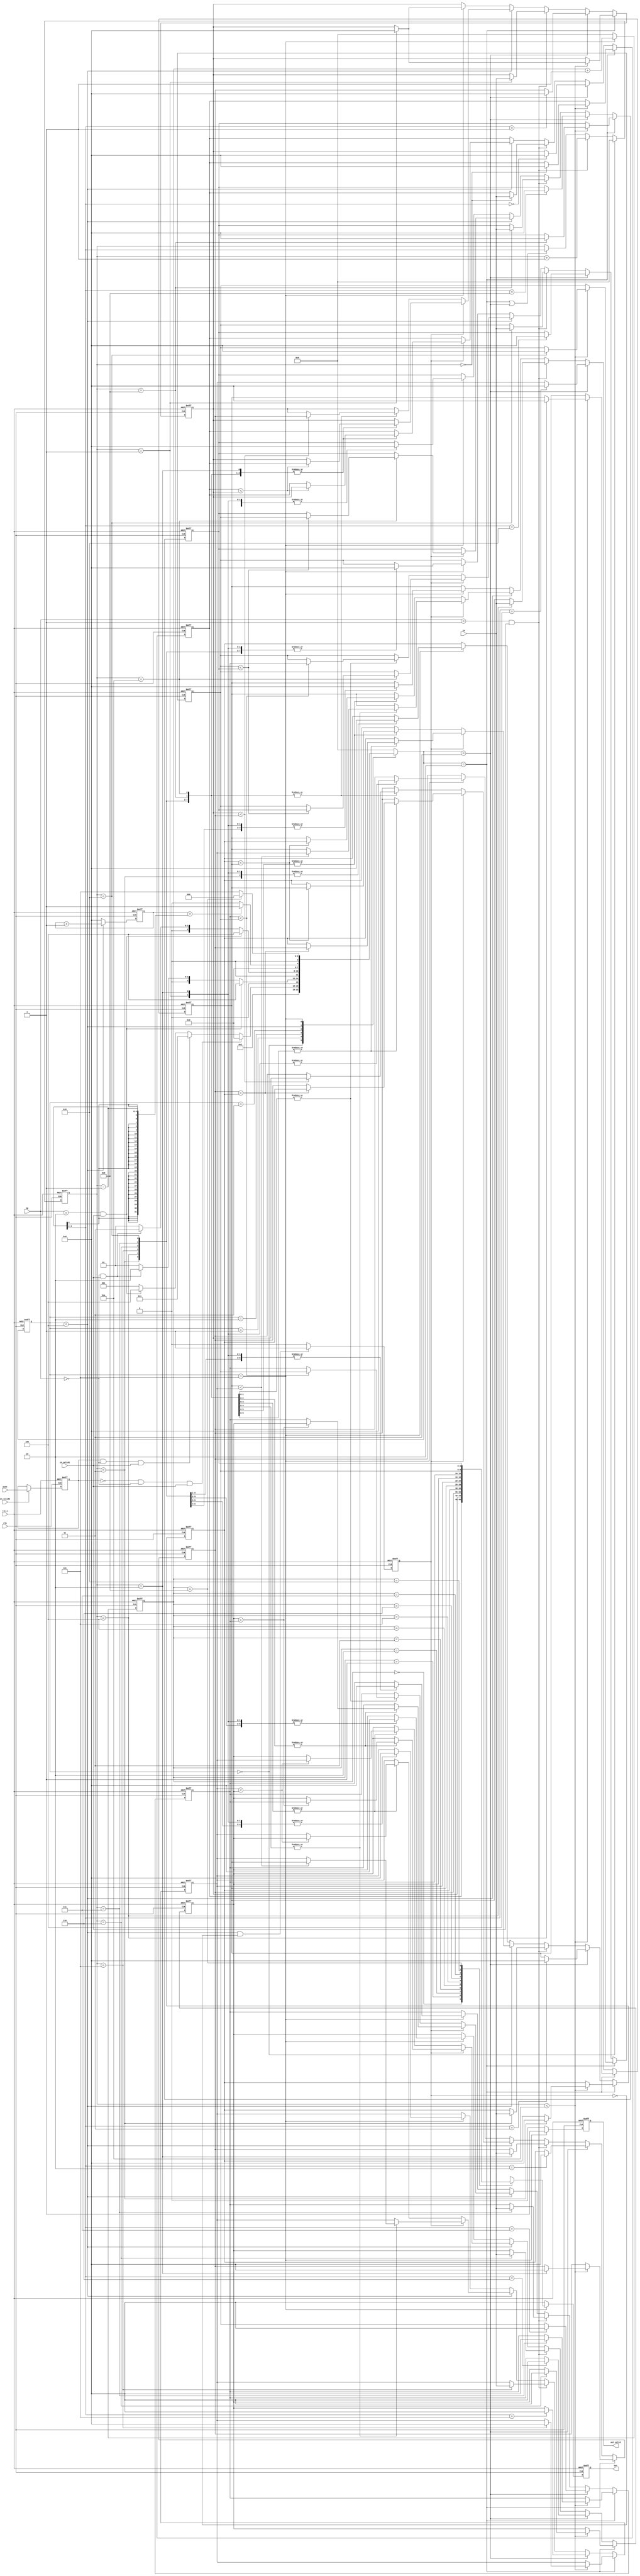
module SORT(
  // Input signals
  clk,
  rst_n,
  in_valid1,
  in_valid2,
  in,
  mode,
  op,
  // Output signals
  out_valid,
  out
);
//---------------------------------------------------------------------
//   INPUT AND OUTPUT DECLARATION                         
//---------------------------------------------------------------------
input clk;
input rst_n;
input in_valid1;
input in_valid2;
input mode;
input [1:0]op;
input [4:0]in;
output reg out_valid;
output reg [4:0]out;
//---------------------------------------------------------------------
// PARAMETER DECLARATION
//---------------------------------------------------------------------
parameter IDLE=0;
parameter GET=1;
parameter DO_STACK=2;
parameter DO_QUEUE=3;
parameter SORT=4;
parameter OUTPUT=5;	
//---------------------------------------------------------------------
//   WIRE AND REG DECLARATION                             
//---------------------------------------------------------------------
reg [3:0]current_state,next_state;
reg getmode;
reg [3:0]count,count2;
reg [4:0]ans[0:9];
reg check;
reg [4:0]check3;
reg [3:0] a,b;
reg [4:0]a1,a2,a3,a4,a5,a6,a7,a8,a9,a10;
//---------------------------------------------------------------------
//   Finite-State Mechine                                          
//---------------------------------------------------------------------
always@(posedge clk or negedge rst_n) begin
	if(!rst_n)
		current_state<=IDLE;
	else
		current_state<=next_state;
end
always@(*) begin
	case(current_state)
		IDLE:
			next_state<=GET;
		GET:begin
			if(getmode==0&&op==0&&in_valid1)
				next_state<=DO_STACK;
			else if(getmode==1&&op==0&&in_valid1)
				next_state<=DO_QUEUE;
			else if(op==2&&in_valid1)
				next_state<=SORT;
			else
				next_state<=GET;	
		end
		DO_STACK:begin
			if(op==2&&in_valid1)
				next_state<=SORT;
			else if(op==0&&in_valid1)
				next_state<=DO_STACK;
			else
				next_state<=GET;
		end
		DO_QUEUE:begin
			if(op==2&&in_valid1)
				next_state<=SORT;
			else if(op==0&&in_valid1)
				next_state<=DO_QUEUE;
			else
				next_state<=GET;
		end
		SORT:begin
			if(check3==count-1)
				next_state<=OUTPUT;
			else
				next_state<=SORT;
		end
		OUTPUT:begin
			if(count2==9)
				next_state<=IDLE;
			else
				next_state<=OUTPUT;	
		end
		default:next_state<=IDLE;
	endcase
end	
//---------------------------------------------------------------------
//   Design Description                                          
//---------------------------------------------------------------------
/*always@(*) begin
	if(!rst_n) begin
		a1=0;	a2=0;	a3=0;
		a4=0;	a5=0;	a6=0;
		a7=0;	a8=0;	a9=0;
		a10=0;
	end
	else begin
		a1=ans[0];
		a2=ans[1];
		a3=ans[2];
		a4=ans[3];
		a5=ans[4];
		a6=ans[5];
		a7=ans[6];
		a8=ans[7];
		a9=ans[8];
		a10=ans[9];
	end
end*/

always@(posedge clk or negedge rst_n) begin
	if(!rst_n)
		getmode<=0;
	else if(in_valid2)
		getmode<=mode;
	else
		getmode<=getmode;
end
always@(posedge clk or negedge rst_n) begin
	if(!rst_n)
		check3<=0;
	else if(current_state==SORT)
		check3<=check3+1;
	else
		check3<=0;
end	
always@(posedge clk or negedge rst_n) begin
	if(!rst_n)
		count<=0;
	else if(current_state==IDLE)
		count<=0;
	else if(op==1&&in_valid1)
		count<=count+1;
	else if(next_state==DO_STACK||next_state==DO_QUEUE)
		count<=count-1;
	/*else if(next_state==DO_QUEUE)
		count<=count-1;*/
	else
		count<=count;
end
always@(posedge clk or negedge rst_n) begin
	if(!rst_n)
		count2<=0;
	/*else begin
		case(current_state)
			IDLE:
				count2<=0;
			OUTPUT:
				count2<=count2+1;
			default:count2<=count2;
		endcase
	end*/
	/*else if(current_state==IDLE)
		count2<=0;*/
	else if(current_state==OUTPUT)
		count2<=count2+1;
	else
		count2<=0;
end
always@(posedge clk or negedge rst_n) begin
	if(!rst_n)
		check<=0;
	else if(current_state==SORT&&check==0)
		check<=1;
	else
		check<=0;
end
always@(posedge clk or negedge rst_n) begin
	if(!rst_n)begin
		//check<=0;
		for(a=0;a<10;a=a+1)
			ans[a]<=0;
	end
	else if(next_state==DO_STACK) begin
		if(count<10)
			ans[count]<=0;
		else
			ans[0]<=ans[0];
	end
	else if(next_state==DO_QUEUE) begin
		for(a=0;a<9;a=a+1) begin
				ans[a]<=ans[a+1];
		end
		ans[count-1]<=0;
	end
	else if(op==1&&in_valid1)begin
                ans[count]<=in;
	end
	else if(current_state==SORT) begin
	//else if(next_state==SORT) begin
		/*case(count)
			2:begin
				for(b=0;b<2;b=b+1)begin
					for(a=0;a<1;a=a+2)begin
						if(ans[a]<ans[a+1])begin
							ans[a]<=ans[a+1];
							ans[a+1]<=ans[a];
						end
					end
				end
			end
			3:begin
				for(b=0;b<3;b=b+1)begin
                                        for(a=0;a<2;a=a+2)begin
                                                if(ans[a]<ans[a+1])begin
                                                        ans[a]<=ans[a+1];
                                                        ans[a+1]<=ans[a];
                                                end
                                        end
					for(a=1;a<2;a=a+2)begin
						if(ans[a]<ans[a+1])begin
                                                        ans[a]<=ans[a+1];
                                                        ans[a+1]<=ans[a];
                                                end
					end
                                end
                        end

			4:begin
				 for(b=0;b<4;b=b+1)begin
                                        for(a=0;a<3;a=a+2)begin
                                                if(ans[a]<ans[a+1])begin
                                                        ans[a]<=ans[a+1];
                                                        ans[a+1]<=ans[a];
                                                end
                                        end
                                        for(a=1;a<3;a=a+2)begin
                                                if(ans[a]<ans[a+1])begin
                                                        ans[a]<=ans[a+1];
                                                        ans[a+1]<=ans[a];
                                                end
                                        end
                                end

                        end

			5:begin
				 for(b=0;b<5;b=b+1)begin
                                        for(a=0;a<4;a=a+2)begin
                                                if(ans[a]<ans[a+1])begin
                                                        ans[a]<=ans[a+1];
                                                        ans[a+1]<=ans[a];
                                                end
                                        end
                                        for(a=1;a<4;a=a+2)begin
                                                if(ans[a]<ans[a+1])begin
                                                        ans[a]<=ans[a+1];
                                                        ans[a+1]<=ans[a];
                                                end
                                        end
                                end
                        end

			6:begin
				 for(b=0;b<6;b=b+1)begin
                                        for(a=0;a<5;a=a+2)begin
                                                if(ans[a]<ans[a+1])begin
                                                        ans[a]<=ans[a+1];
                                                        ans[a+1]<=ans[a];
                                                end
                                        end
                                        for(a=1;a<5;a=a+2)begin
                                                if(ans[a]<ans[a+1])begin
                                                        ans[a]<=ans[a+1];
                                                        ans[a+1]<=ans[a];
                                                end
                                        end
                                end

                        end
			7:begin
				 for(b=0;b<7;b=b+1)begin
                                        for(a=0;a<6;a=a+2)begin
                                                if(ans[a]<ans[a+1])begin
                                                        ans[a]<=ans[a+1];
                                                        ans[a+1]<=ans[a];
                                                end
                                        end
                                        for(a=1;a<6;a=a+2)begin
                                                if(ans[a]<ans[a+1])begin
                                                        ans[a]<=ans[a+1];
                                                        ans[a+1]<=ans[a];
                                                end
                                        end
                                end
                        end

			8:begin
				 for(b=0;b<8;b=b+1)begin
                                        for(a=0;a<7;a=a+2)begin
                                                if(ans[a]<ans[a+1])begin
                                                        ans[a]<=ans[a+1];
                                                        ans[a+1]<=ans[a];
                                                end
                                        end
                                        for(a=1;a<7;a=a+2)begin
                                                if(ans[a]<ans[a+1])begin
                                                        ans[a]<=ans[a+1];
                                                        ans[a+1]<=ans[a];
                                                end
                                        end
                                end
                        end
			9:begin
				 for(b=0;b<9;b=b+1)begin
                                        for(a=0;a<8;a=a+2)begin
                                                if(ans[a]<ans[a+1])begin
                                                        ans[a]<=ans[a+1];
                                                        ans[a+1]<=ans[a];
                                                end
                                        end
                                        for(a=1;a<8;a=a+2)begin
                                                if(ans[a]<ans[a+1])begin
                                                        ans[a]<=ans[a+1];
                                                        ans[a+1]<=ans[a];
                                                end
                                        end
                                end
                        end
			10:begin
				 for(b=0;b<10;b=b+1)begin
                                        for(a=0;a<9;a=a+2)begin
                                                if(ans[a]<ans[a+1])begin
                                                        ans[a]<=ans[a+1];
                                                        ans[a+1]<=ans[a];
                                                end
                                        end
                                        for(a=1;a<9;a=a+2)begin
                                                if(ans[a]<ans[a+1])begin
                                                        ans[a]<=ans[a+1];
                                                        ans[a+1]<=ans[a];
                                                end
                                        end
                                end

			end
		endcase
	end*/			
		if(check==1)begin
			case(count)
				2:begin
					for(a=0;a<1;a=a+2) begin
                                		if(ans[a]<ans[a+1])begin
                                        		ans[a]<=ans[a+1];
                                       			ans[a+1]<=ans[a];
                               			end
					end
				end
				3:begin
                                        for(a=0;a<2;a=a+2)begin
                                                if(ans[a]<ans[a+1])begin
                                                        ans[a]<=ans[a+1];
                                                        ans[a+1]<=ans[a];
                                                end
					end
                                end
				4:begin
                                        for(a=0;a<3;a=a+2) begin
                                                if(ans[a]<ans[a+1])begin
                                                        ans[a]<=ans[a+1];
                                                        ans[a+1]<=ans[a];
                                                end
					end
                                end
				5:begin
                                        for(a=0;a<4;a=a+2) begin
                                                if(ans[a]<ans[a+1])begin
                                                        ans[a]<=ans[a+1];
                                                        ans[a+1]<=ans[a];
                                                end
					end
                                end
				6:begin
                                        for(a=0;a<5;a=a+2) begin
                                                if(ans[a]<ans[a+1])begin
                                                        ans[a]<=ans[a+1];
                                                        ans[a+1]<=ans[a];
                                                end
					end
                                end
				7:begin
                                        for(a=0;a<6;a=a+2) begin
                                                if(ans[a]<ans[a+1])begin
                                                        ans[a]<=ans[a+1];
                                                        ans[a+1]<=ans[a];
                                                end
					end
                                end
				8:begin
                                        for(a=0;a<7;a=a+2) begin
                                                if(ans[a]<ans[a+1])begin
                                                        ans[a]<=ans[a+1];
                                                        ans[a+1]<=ans[a];
						end
					end
                                end
				9:begin
                                        for(a=0;a<8;a=a+2) begin
                                                if(ans[a]<ans[a+1])begin
                                                        ans[a]<=ans[a+1];
                                                        ans[a+1]<=ans[a];
                                                end
					end
                                end
				10:begin
                                        for(a=0;a<9;a=a+2) begin
                                                if(ans[a]<ans[a+1])begin
                                                        ans[a]<=ans[a+1];
                                                        ans[a+1]<=ans[a];
                                                end
					end
                                end
				default:ans[0]<=ans[0];
			endcase
		//check<=0;
		end
		else begin
			case(count)
				3:begin
					for(a=1;a<2;a=a+2) begin
                                               if(ans[a]<ans[a+1])begin
                                                        ans[a]<=ans[a+1];
                                                        ans[a+1]<=ans[a];
                                               end
                                        end
				end
				4:begin
                                        for(a=1;a<3;a=a+2) begin
                                               if(ans[a]<ans[a+1])begin
                                                        ans[a]<=ans[a+1];
                                                        ans[a+1]<=ans[a];
                                               end
					end
				end
				5:begin
                                        for(a=1;a<4;a=a+2) begin
                                               if(ans[a]<ans[a+1])begin
                                                        ans[a]<=ans[a+1];
                                                        ans[a+1]<=ans[a];
                                               end
                                        end
				end
				6:begin
                                        for(a=1;a<5;a=a+2) begin
                                               if(ans[a]<ans[a+1])begin
                                                        ans[a]<=ans[a+1];
                                                        ans[a+1]<=ans[a];
                                               end
                                        end
				end
				7:begin
                                        for(a=1;a<6;a=a+2) begin
                                                if(ans[a]<ans[a+1])begin
                                                        ans[a]<=ans[a+1];
                                                        ans[a+1]<=ans[a];
                                                end
                                        end
				end
				8:begin
                                        for(a=1;a<7;a=a+2) begin
                                                if(ans[a]<ans[a+1])begin
                	                                ans[a]<=ans[a+1];
                        	                        ans[a+1]<=ans[a];
                                                end
                                        end
				end
				9:begin
					for(a=1;a<8;a=a+2) begin
						if(ans[a]<ans[a+1])begin
                                                        ans[a]<=ans[a+1];
                                                        ans[a+1]<=ans[a];
                                                end
					end
				end
				10:begin
                                        for(a=1;a<9;a=a+2) begin
                                        	if(ans[a]<ans[a+1])begin
                                	                ans[a]<=ans[a+1];
                                                        ans[a+1]<=ans[a];
                                                end
                                        end
				end
				default:ans[0]<=ans[0];
			endcase
		//check<=1;
		end	
	end
	else if(current_state==OUTPUT) begin
		case(count)
			1:begin	
				for(a=1;a<10;a=a+1)
                			ans[a]<=0;
			end
			2:begin
                        	for(a=2;a<10;a=a+1)
                                	ans[a]<=0;
                        end
			3:begin
                                for(a=3;a<10;a=a+1)
                                	ans[a]<=0;
                        end
			4:begin
                                for(a=4;a<10;a=a+1)
                         	       ans[a]<=0;
                        end
			5:begin
                                for(a=5;a<10;a=a+1)
                                	ans[a]<=0;
                        end
			6:begin
                                for(a=6;a<10;a=a+1)
                                	ans[a]<=0;
                        end
			7:begin
                                for(a=7;a<10;a=a+1)
                              		ans[a]<=0;
                        end
			8:begin
                                for(a=8;a<10;a=a+1)
                                	ans[a]<=0;
                        end
			9:begin
                                /*for(a=9;a<10;a=a+1)
                                ans[a]<=0;*/
				ans[9]<=0;
                        end
			default:ans[0]<=ans[0];
		endcase
	end	
	else
		ans[0]<=ans[0];
end
always@(posedge clk or negedge rst_n) begin
	if(!rst_n)
		out<=0;
	else if(current_state==OUTPUT) begin
		out<=ans[count2];
	end
	else
		out<=0;
end	
always@(posedge clk or negedge rst_n) begin
	if(!rst_n)
		out_valid<=0;
	else if(current_state==OUTPUT)
		out_valid<=1;
	else
		out_valid<=0;
end




endmodule